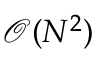
\mathcal { O } ( N ^ { 2 } )